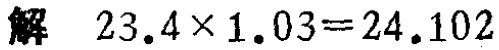
解 \(23.4\times1.03 = 24.102\)